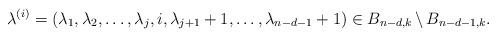
LaTeX: \begin{align*}\lambda^{(i)} = (\lambda_1, \lambda_2, \ldots, \lambda_j, i, \lambda_{j+1}+1, \ldots, \lambda_{n-d-1}+1) \in B_{n-d,k} \,\backslash \,B_{n-d-1,k}.\end{align*}